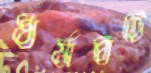
ধর্মঘটে